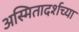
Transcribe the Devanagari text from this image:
अस्मितादर्शच्या